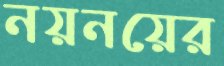
নয়নয়ের